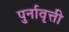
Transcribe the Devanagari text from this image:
पुर्नावृत्ती